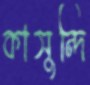
কাসুন্দি